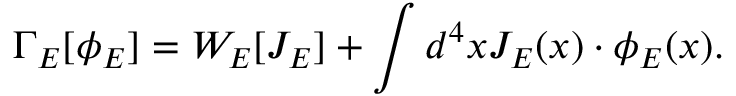
\Gamma _ { E } [ \phi _ { E } ] = W _ { E } [ J _ { E } ] + \int d ^ { 4 } x J _ { E } ( x ) \cdot \phi _ { E } ( x ) .